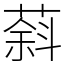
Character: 䔑